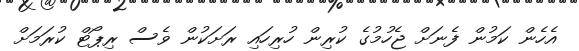
އެހެން ކަމުން ފެނަށް ޖެހުމުގެ ކުރިން ހުރިހައި ރަށަކުން ވެސް ރިޕޯޓް ކުރަމަށް